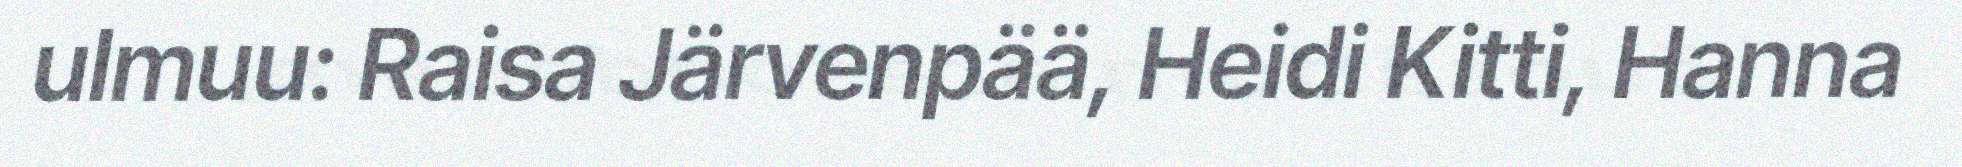
ulmuu: Raisa Järvenpää, Heidi Kitti, Hanna